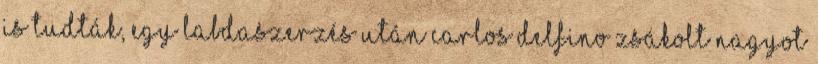
is tudták, egy labdaszerzés után Carlos Delfino zsákolt nagyot